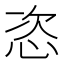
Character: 恣